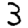
Digit: 3